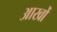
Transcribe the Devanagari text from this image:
आखोँ